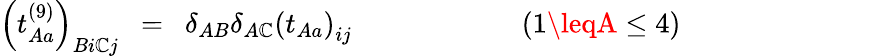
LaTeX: \left(t_{Aa}^{(9)}\right)_{Bi\mathbb{C}j}\ \ =\ \ \delta_{AB}\delta_{A\mathbb{C}}\left(t_{Aa}\right)_{ij}\qquad\qquad\qquad(1\leqA\leq4)\qquad\qquad\qquad\quad